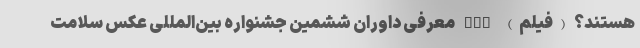
هستند؟ (فیلم) nan معرفی داوران ششمین جشنواره بین‌المللی عکس سلامت